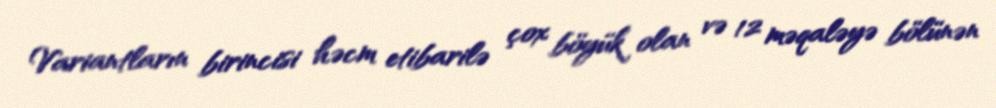
Variantların birincisi həcm etibarilə çox böyük olan və 12 məqaləyə bölünən